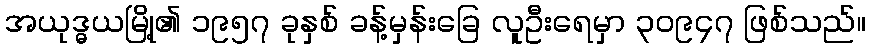
အယုဒ္ဓယမြို့၏ ၁၉၅၇ ခုနှစ် ခန့်မှန်းခြေ လူဦးရေမှာ ၃၀၉၄၇ ဖြစ်သည်။